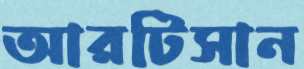
আরটিসান